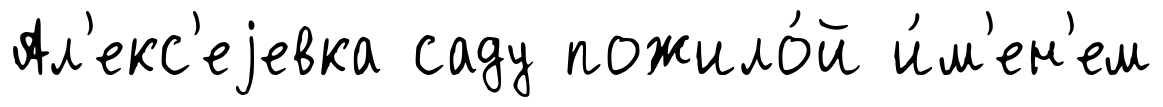
Ал'екс'еjевка саду пожило́й и́м'ен'ем